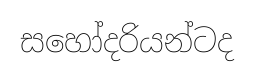
සහෝදරියන්ටද